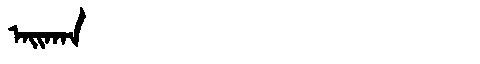
Manchu: ᠠᡳᡴᠠᠨ
Romanization: AIKAN